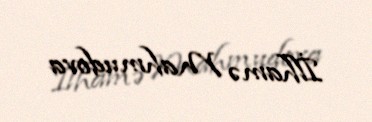
İlhamə Mahmudova